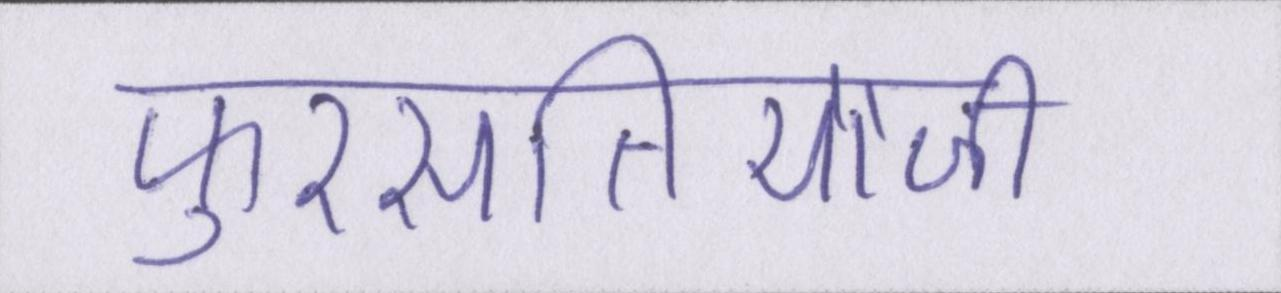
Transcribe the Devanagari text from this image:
फुरसतियाजी